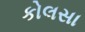
કોલસા